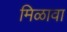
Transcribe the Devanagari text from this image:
मिळावा